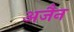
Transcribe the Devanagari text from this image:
अजैन